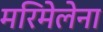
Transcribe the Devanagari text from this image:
मरिमेलेना